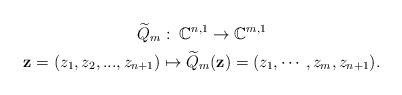
\begin{gather*}\widetilde{Q}_m: \;\mathbb{C}^{n,1} \rightarrow \mathbb{C}^{m,1} \\\mathbf{z}=(z_1,z_2,...,z_{n+1}) \mapsto \widetilde{Q}_m(\mathbf{z})=(z_1, \cdots,z_m,z_{n+1}).\end{gather*}